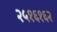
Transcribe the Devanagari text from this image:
२५१६१६२